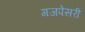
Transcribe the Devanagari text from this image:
गजपेसरी